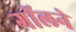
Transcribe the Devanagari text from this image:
गॉलने